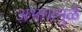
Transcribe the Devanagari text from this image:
अभंगामुळे